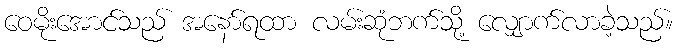
ဝေမိုးအောင်သည် အနော်ရထာ လမ်းဆုံဘက်သို့ လျှောက်လာခဲ့သည်။